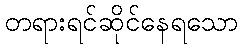
တရားရင်ဆိုင်နေရသော